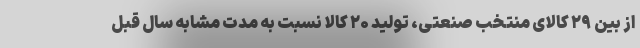
از بین ۲۹ کالای منتخب صنعتی، تولید ۲۰ کالا نسبت به مدت مشابه سال قبل